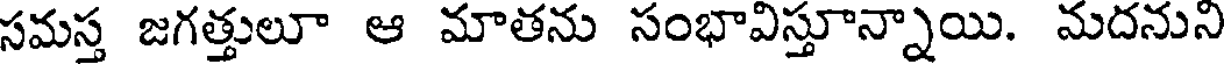
సమస్త జగత్తులూ ఆ మాతను సంభావిస్తూన్నాయి. మదనుని